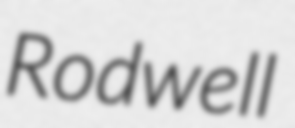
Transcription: Rodwell